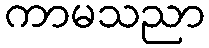
ကာမသညာ